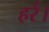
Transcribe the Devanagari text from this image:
हर्र।